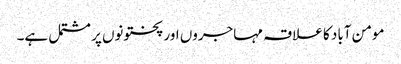
مومن آباد کا علاقہ مہاجروں اور پختونوں پر مشتمل ہے۔